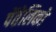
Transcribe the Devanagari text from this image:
पेंतेलिको